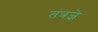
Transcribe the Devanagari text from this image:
तंत्रज्ञे